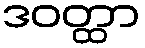
ဒဝတ္ထာ